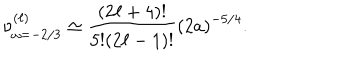
LaTeX: \nu _ { \omega = - 2 / 3 } ^ { ( \ell ) } \simeq \frac { ( 2 \ell + 4 ) ! } { 5 ! ( 2 \ell - 1 ) ! } \left( 2 a \right) ^ { - 5 / 4 } .